Report on malaria in the Punjab during the year ...  together with an account of the work of the Punjab Malaria Bureau - Volume 6
Disease focus: Malaria
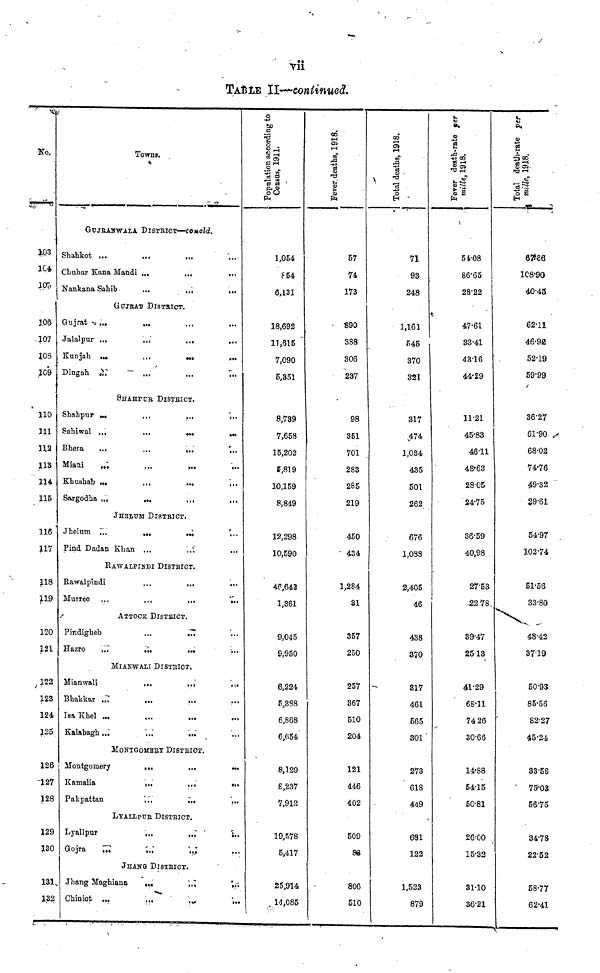
vii
TA£LE II—continued.
Ko.
1C4
JOT)
X06
.107
xos
109
110
111
13.2
113
114
115
116 '
117
118
119
120
121
122
123
124
125
126
-J27
128
129
130
131
Towns.
GtJJBAHWALA DISTRICT—COucld.
Shahkot ...
Cbuhar Kana Mandi ...
...
...
Nankana Sahib
...
...
...
GUJBAT- DISTBICT.
Gujrat -u ,,.
...
Jalalpur ...
..."
,.,
,.,
Kunjah ...
,,,
M .
...
Dingah &
~ ...
...
7..
SHAHPCR DISTBICT.
Shahpur ...
...
...
...
Sahiwal ...
...
„.
, M
Bhera
...
...
...
',..
Miani
.,',
...
,„
,,,
Klmshab ...
...
...
...
Sargodha ,.,
...
.,,
JHEIXTM DlSTBlCT.
Jhelum ~...
.,,
•.»
...
Pind Dadaa Khan ...
,/,
RAWALPINDI DISTBICT.
Rawalpindi
...
...
Murree ...
...
...
...
ATTOCK DISTBICT.
Pindigheb
...
...
Hazro
...
r..
...
...
MIAKWALI DISTBICT.
Mianwali
...
,.,
.„
Bhakkar ...
...
,..
Isa Khel ,„
Kalabagh,.',
...
.,.
MotfTGOME^X DlgTBIOT.
j Montgomery
...
...
•..
Kamalia
,.,
...
•..
Pakpattan
,..
T..
',..
LxALiptrE DISTRICT.
Lyallpur
',,.
„,
„.
Gojra
„.
;.;
r , 0 ;
JHAHG DISTBICT.
N Jhang Maghiana
,„
',,•;
'„-.
4 Chiniot ...
...
', M
',„
jording to
S3
.2
cs a
"o 3
pu ®
oO
PM
1,054
6 54
6,131
18,692
11,515 "
7,090
5,351
8,739
7,658
15,202
*,819
10,159
8,849
12,298
10,590
4C,642
1,361
9,045
9,950
6,224
5,3S8
6,868
6,654
8,129
8,237
7,912
19,578
5,417
25,914
14,085
1918.
•4*
S3
Ô
3
57
74
173
S90
388
306
237
98
351
701
283
285
219
450
434
1,284
31
357
250
257
367
510
204
121
446
402
509
88
806
510
L918.
i—•
71
93
248
1,161
545
370
321
317
,474
1,084
435
501
262
676
1,038
2,405
46
438
370
317
461
565
801"
273
618
449
681
122
1,523
879
a.
CD
"3
Is
•S3
54'08
86'65
28-22
47-61
33-41
4316
44-29
11-21
45-83
4611
48-63
28-05
24-75
36-59
40,98
27-53
-22 78.,
39-47
2513
41-29
68-11
74 26
30-66
14-88
54-15
50-81
26-00
15-32
31-10
36-21
rate per
4$
OS —1
C8-90
40-45
62-11
46-92
52-19
59'99
36-27
61-90
68-02
74-76
49-32
29-61
54-97
102-74
51-56
33-80
48-42
3719
50-93
85-56
82-27
45-24
33-58
79-03
56-75
34-78
22-52
58-77
62-41